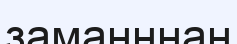
заманннан